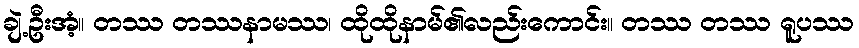
ချဲ့ဦးအံ့။ တဿ တဿနာမဿ၊ ထိုထိုနာမ်၏လည်းကောင်း။ တဿ တဿ ရူပဿ